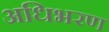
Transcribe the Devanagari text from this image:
अधिभरण